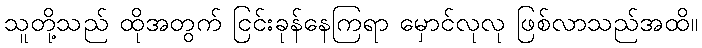
သူတို့သည် ထိုအတွက် ငြင်းခုန်နေကြရာ မှောင်လုလု ဖြစ်လာသည်အထိ။